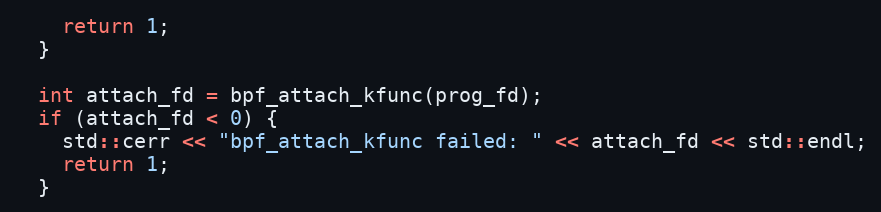
Language: C++
    return 1;
  }

  int attach_fd = bpf_attach_kfunc(prog_fd);
  if (attach_fd < 0) {
    std::cerr << "bpf_attach_kfunc failed: " << attach_fd << std::endl;
    return 1;
  }